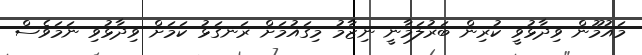
މައުމޫން ވިދާޅުވީ ކުރިން ބަރުލަމާނީ ނިޒާމު މިގައުމަށް ރަނގަޅު ކަމަށް ވިދާޅުވި ނަމަވެސް